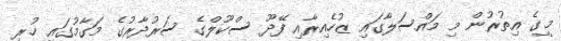
މީގެ އިތުރުން މި މައްސަލާގައި ޒުހެއިރާއި ފޭދޫ ސްކޫލްގެ ސަރުދާރުގެ މަގާމުގައި ހުރި